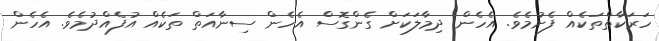
ހަރަކާތްތަކެއް ފެށުމެވެ. އެހެން ދިމާލަކަށް ގެންގޮސް އެހެން ސިނާއަތް ތަކެއް އުފެއްދުމެވެ. އެހެން